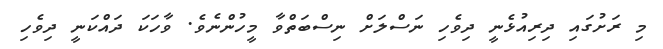
މި ރަށުގައި ދިރިއުޅެނީ ދިވެހި ނަސްލަށް ނިސްބަތްވާ މީހުންނެވެ. ވާހަކަ ދައްކަނީ ދިވެހި